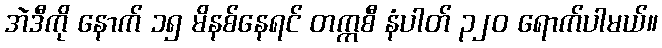
အဲဒီကို နောက် ၁၅ မိနစ်နေရင် တက္ကစီ နံပါတ် ၃၂၀ ရောက်ပါမယ်။